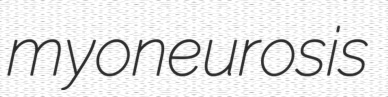
myoneurosis